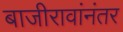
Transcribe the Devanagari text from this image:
बाजीरावांनंतर